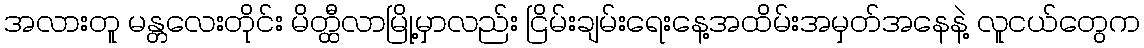
အလားတူ မန္တလေးတိုင်း မိတ္ထီလာမြို့မှာလည်း ငြိမ်းချမ်းရေးနေ့အထိမ်းအမှတ်အနေနဲ့ လူငယ်တွေက